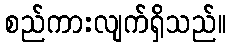
စည်ကားလျက်ရှိသည်။